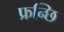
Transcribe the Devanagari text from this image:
फ्रन्छि